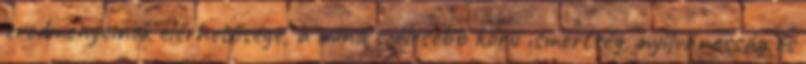
eredményeinek elérhetősége, a mind szélesebb körű ismertség, nyilvánosság és